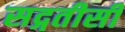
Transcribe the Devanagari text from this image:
सद्गतीसी